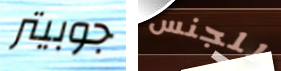
جوبيتر للجنس